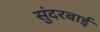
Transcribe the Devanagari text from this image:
सुंदरबाई